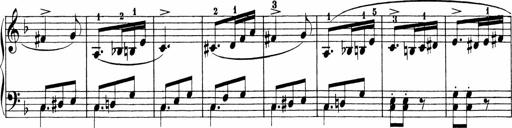
Title: Sonatinen Op.47, 98 und 136, nebst 6 Liedersonatinen
Composer: Carl Reinecke